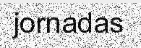
jornadas